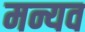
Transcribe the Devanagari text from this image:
मन्यव